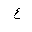
Letter: _ayn